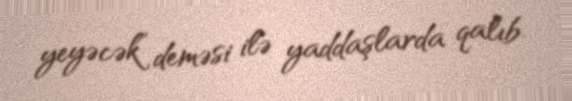
yeyəcək” deməsi ilə yaddaşlarda qalıb.